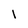
Character: l